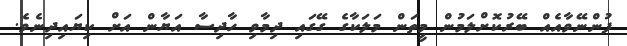
ފުންނޭވާއެއް ބޭރުކޮށްލަމުން މީތަން މަލަކާގެ ގޭގައި ދިމާވި ހާދިސާ އަޔާން އަށް ކިޔައިދިނެވެ.